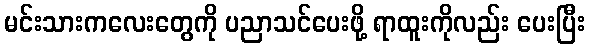
မင်းသားကလေးတွေကို ပညာသင်ပေးဖို့ ရာထူးကိုလည်း ပေးပြီး